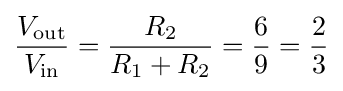
{\frac {V_{\mathrm {out} }}{V_{\mathrm {in} }}}={\frac {R_{2}}{R_{1}+R_{2}}}={\frac {6}{9}}={\frac {2}{3}}